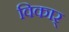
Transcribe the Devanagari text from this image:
विकार्